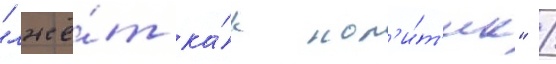
"лжё́т ка́к пол'и́т'ик" /